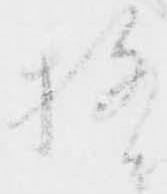
極